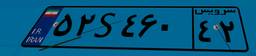
۳۵S۳۰۸۱۰